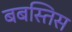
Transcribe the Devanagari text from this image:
बबस्तिस